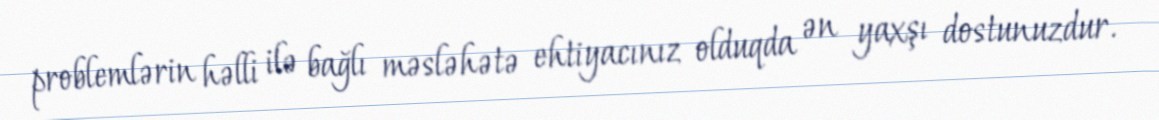
problemlərin həlli ilə bağlı məsləhətə ehtiyacınız olduqda ən yaxşı dostunuzdur.